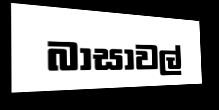
බාසාවල්